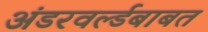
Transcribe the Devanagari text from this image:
अंडरवर्ल्डबाबत